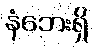
နံဘေးရှိ